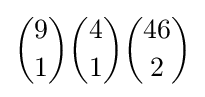
{9 \choose 1}{4 \choose 1}{46 \choose 2}